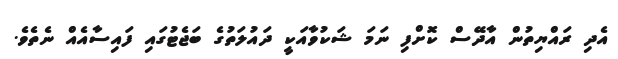
އެދި ރައްޔިތުން އާދޭސް ކޮށްފި ނަމަ ޝަކުވާއަކީ ދައުލަތުގެ ބަޖެޓުގައި ފައިސާއެއް ނެތެވެ.